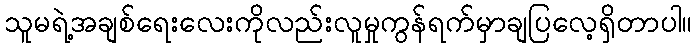
သူမရဲ့အချစ်ရေးလေးကိုလည်းလူမှုကွန်ရက်မှာချပြလေ့ရှိတာပါ။